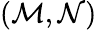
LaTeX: \left(\mathcal{M},\mathcal{N}\right)